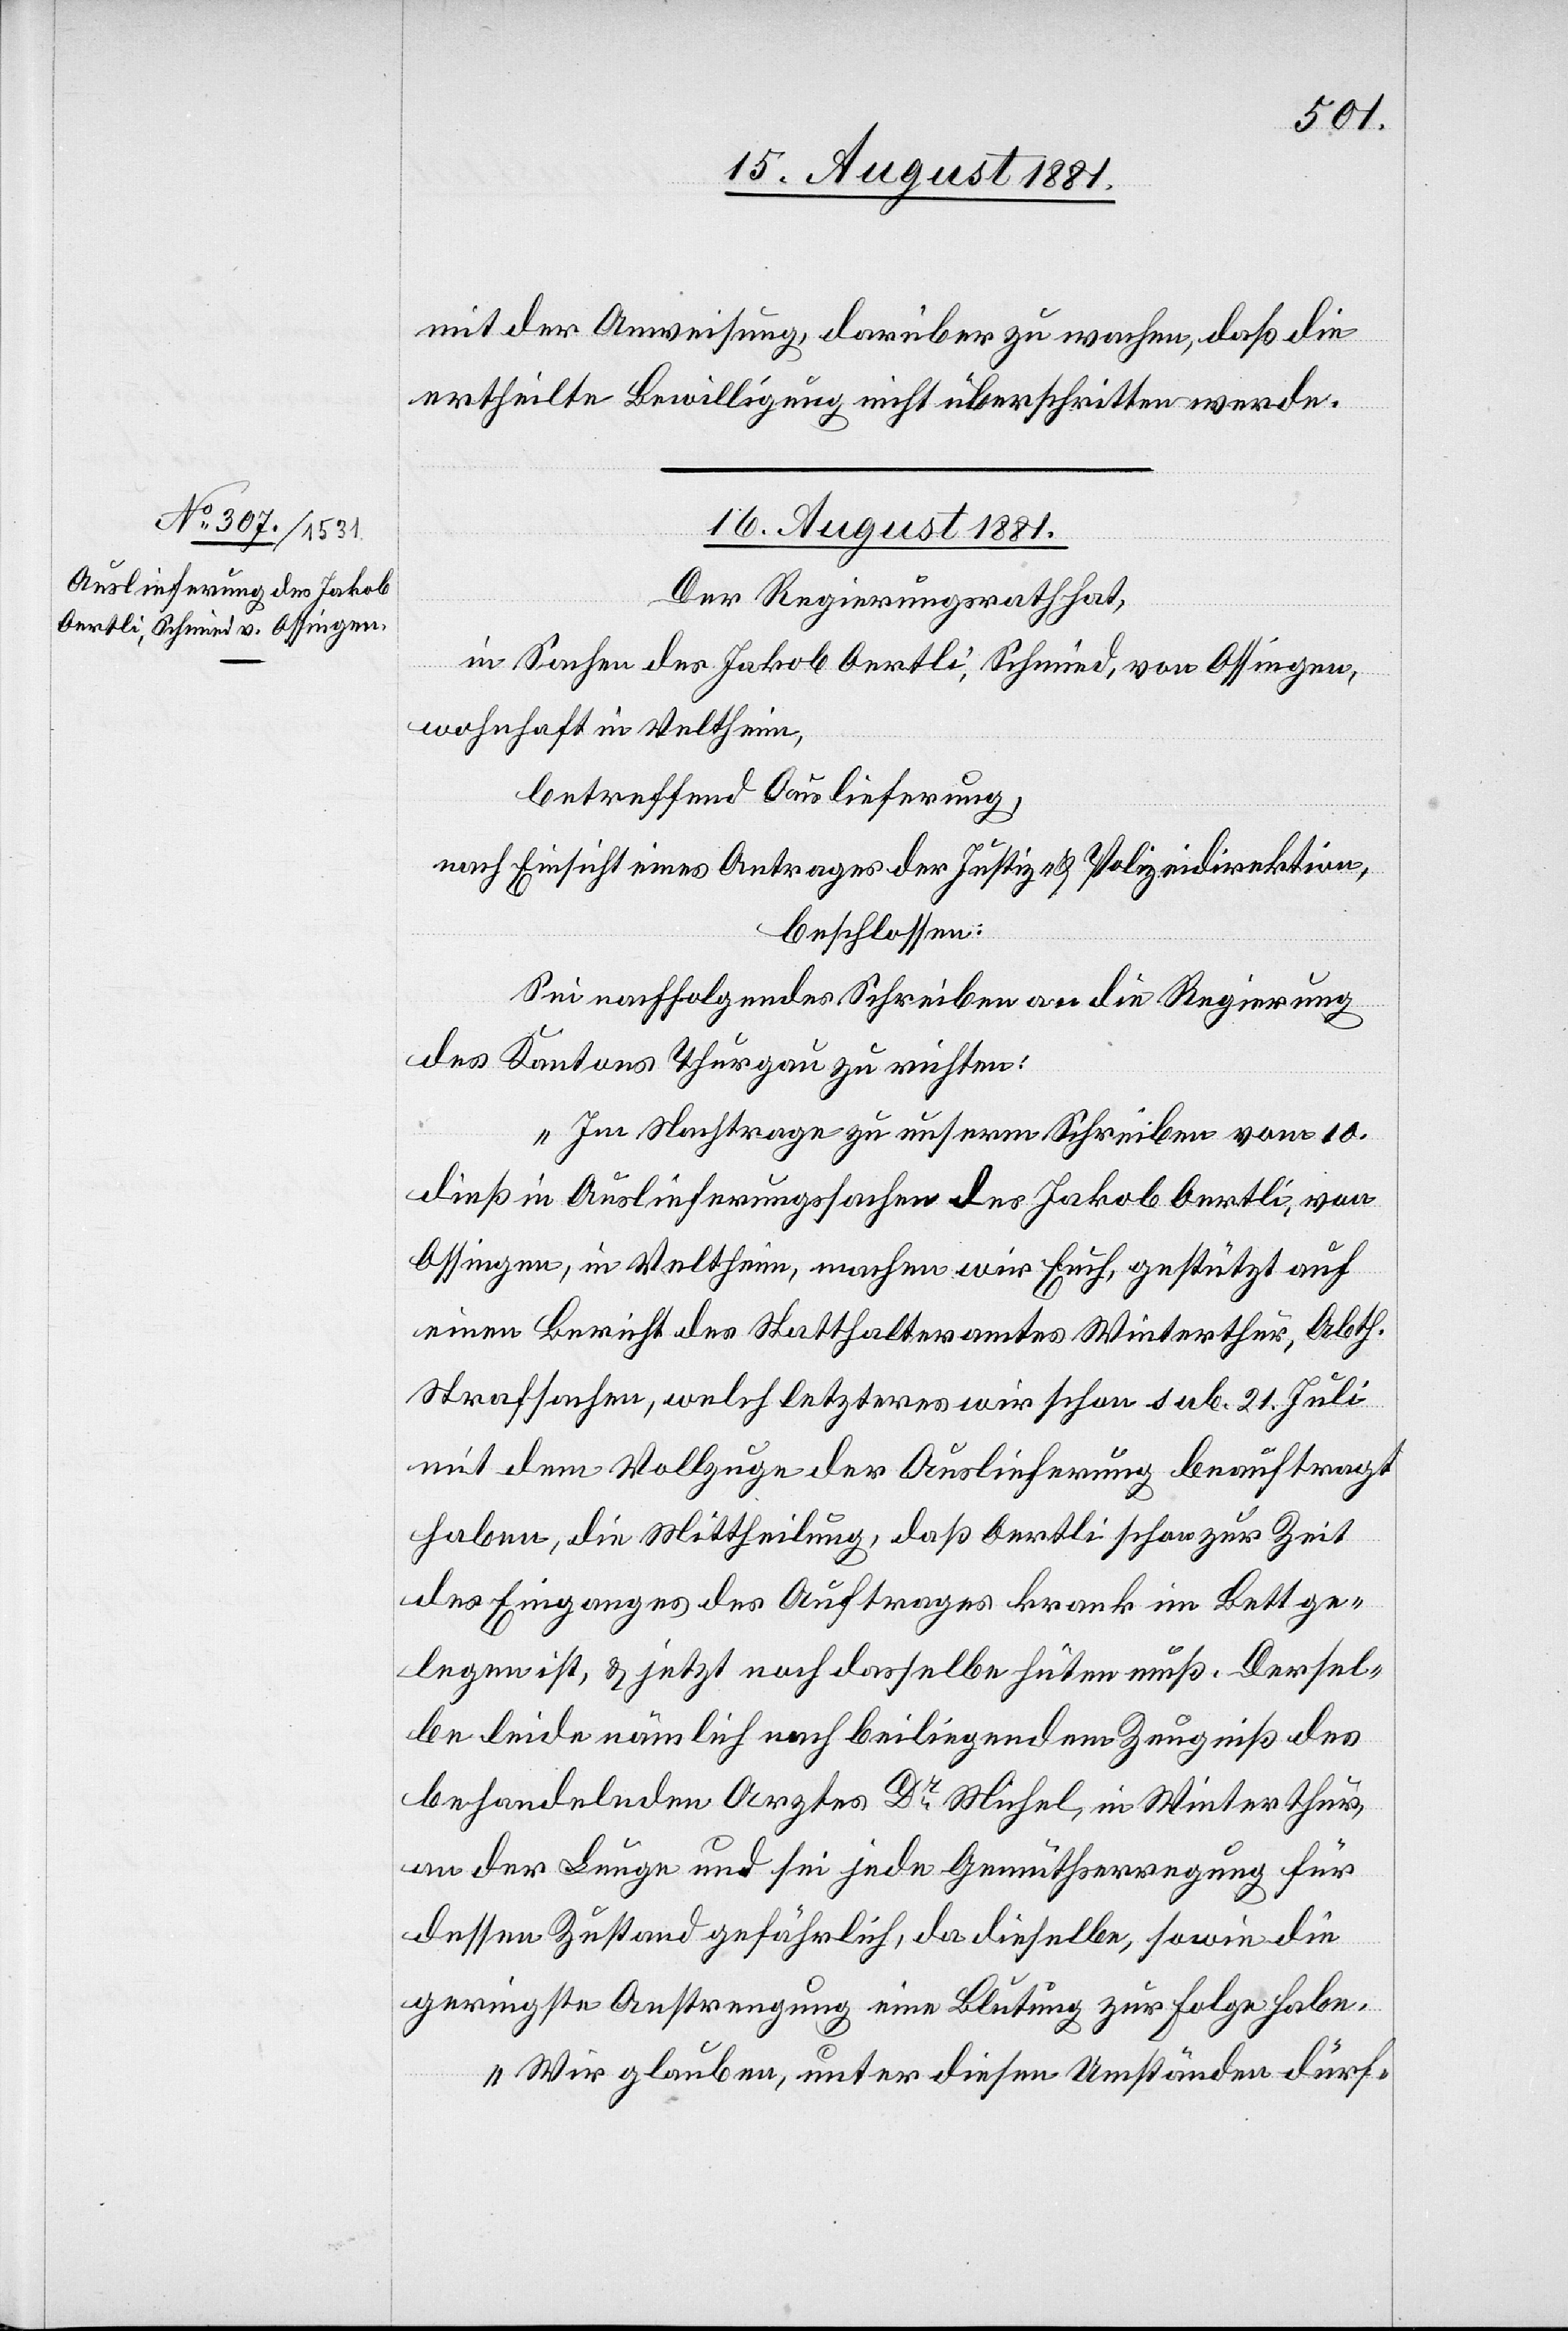
mit der Anweisung, darüber zu wachen, daß die
ertheilte Bewilligung nicht überschritten werde.
16. August 1881.
Der Regierungsrath hat,
in Sachen des Jakob Oertli, Schmied, von Ossingen,
wohnhaft in Veltheim,
betreffend Auslieferung,
nach Einsicht eines Antrages der Justiz- & Polizeidirektion,
beschlossen:
Sei nachfolgendes Schreiben an die Regierung
des Kantons Thurgau zu richten:
„Im Nachtrage zu unserm Schreiben vom 10.
dieß in Auslieferungssachen des Jakob Oertli, von
Ossingen, in Veltheim, machen wir Euch, gestützt auf
einen Bericht des Statthalteramtes Winterthur, Abt.
Strafsachen, welch letzteres wir schon sub. 21. Juli
mit dem Vollzuge der Auslieferung beauftragt
haben, die Mittheilung, daß Oertli schon zur Zeit
des Eingangs des Auftrages krank im Bett ge¬
legen ist, & jetzt noch dasselbe hüten muß. Dersel¬
be leide nämlich nach beiliegendem Zeugniß des
behandelnden Arztes Dr Michel, in Winterthur,
an der Lunge und sei jede Gemüthserregung für
dessen Zustand gefährlich, da dieselbe, sowie die
geringste Anstrengung eine Blutung zur Folge habe.
Wir glauben, unter diesen Umständen dürf-